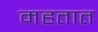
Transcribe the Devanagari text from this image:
महतात